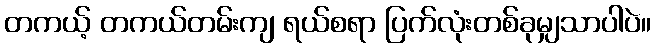
တကယ့် တကယ်တမ်းကျ ရယ်စရာ ပြက်လုံးတစ်ခုမျှသာပါပဲ။